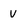
Character: V